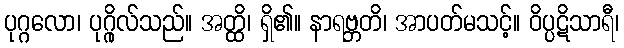
ပုဂ္ဂလော၊ ပုဂ္ဂိုလ်သည်။ အတ္ထိ၊ ရှိ၏။ နာရဗ္ဘတိ၊ အာပတ်မသင့်။ ဝိပ္ပဋိသာရီ၊